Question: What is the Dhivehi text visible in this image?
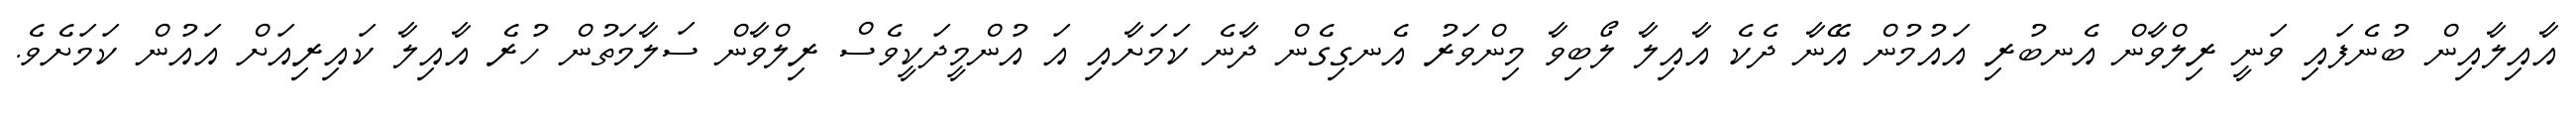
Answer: އާއިލާއިން ބުނެފައި ވަނީ ރިލްވާން އެނބުރި އައުމުން އޭނާ ދެކެ އާއިލާ ލޯބިވާ މިންވަރު އެނގިގެން ދާނެ ކަމަށާއި އަ އުންމީދަކީވެސް ރިލްވާން ސަލާމަތުން ހުރެ އާއިލާ ކައިރިއަށް އައުން ކަމަށެވެ.